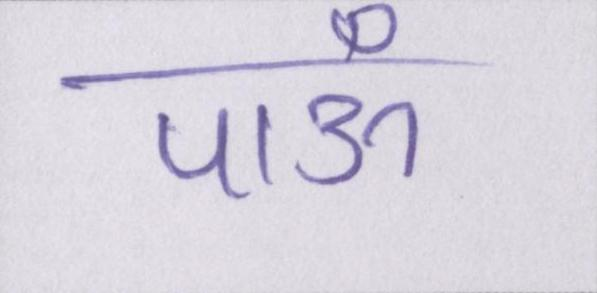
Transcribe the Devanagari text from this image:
पाऊँ